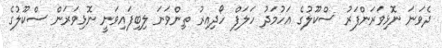
ދެވަނަ ނޮޅިވަރަންފަރު ސްކޫލުގެ އަހުމަދު ހަލަފް ހޯދިއިރު ތިންވަނަ ލިބިފައިވަނީ ނޮޅިވަރަން ސްކޫލުގެ